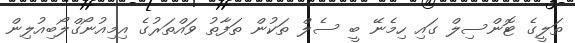
ތަލީގެ ޓޮންސިލް ގައި ހިމެނޭ ބީ ސެލް ތަކުން ތަފާތު ވައްތަރުގެ އިމިއުނޯގްލޯބިއުލިން